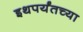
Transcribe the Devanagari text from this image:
इथपर्यंतच्या